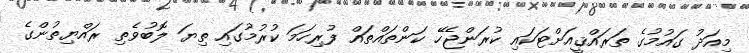
މިއަދު ގައުމުގެ ތަރައްޤީއަށްޓަކައި ކުރަންޖެހޭ ކަންތައްތައް ފުރިހަމަ ކުރުމުގައި ތިޔަ ލޮބުވެތި ރައްޔިތުންގެ